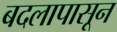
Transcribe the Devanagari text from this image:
बदलापासून